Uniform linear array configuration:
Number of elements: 12
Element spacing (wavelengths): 0.75
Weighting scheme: binomial
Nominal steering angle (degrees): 0
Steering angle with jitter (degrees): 0.5046
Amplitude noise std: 0.05
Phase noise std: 0.05

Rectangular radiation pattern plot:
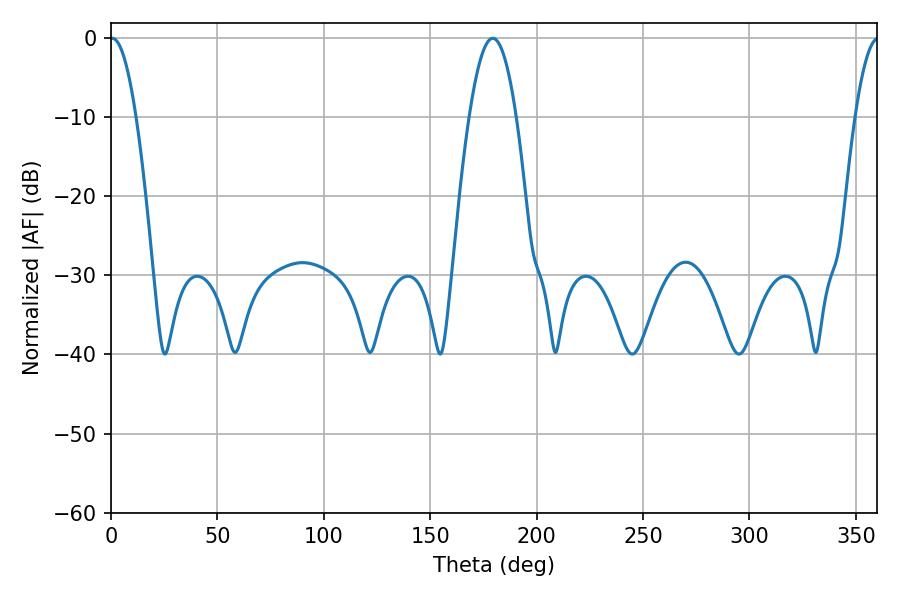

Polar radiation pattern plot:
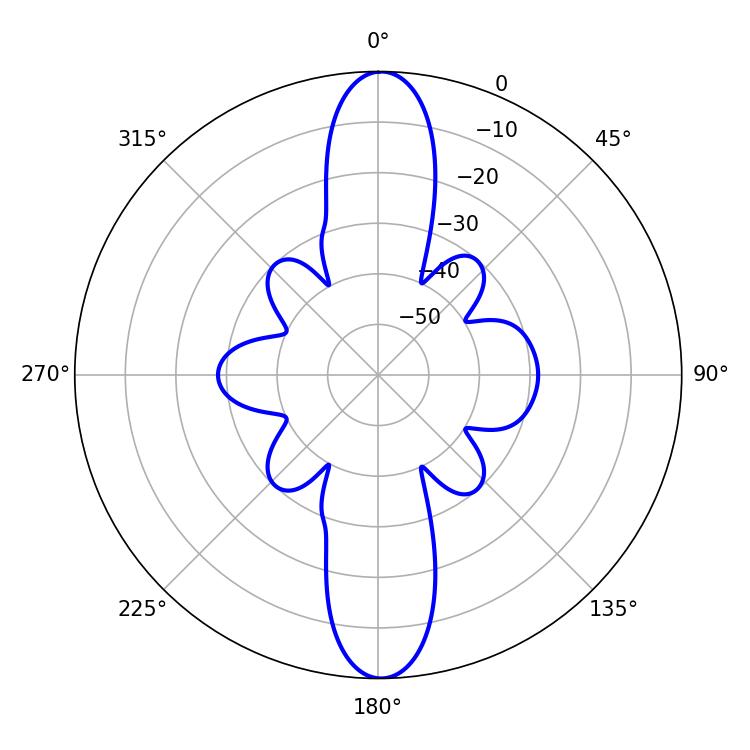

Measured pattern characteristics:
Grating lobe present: TRUE
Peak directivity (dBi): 25.735
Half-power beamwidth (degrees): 6.66
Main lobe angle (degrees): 0.54